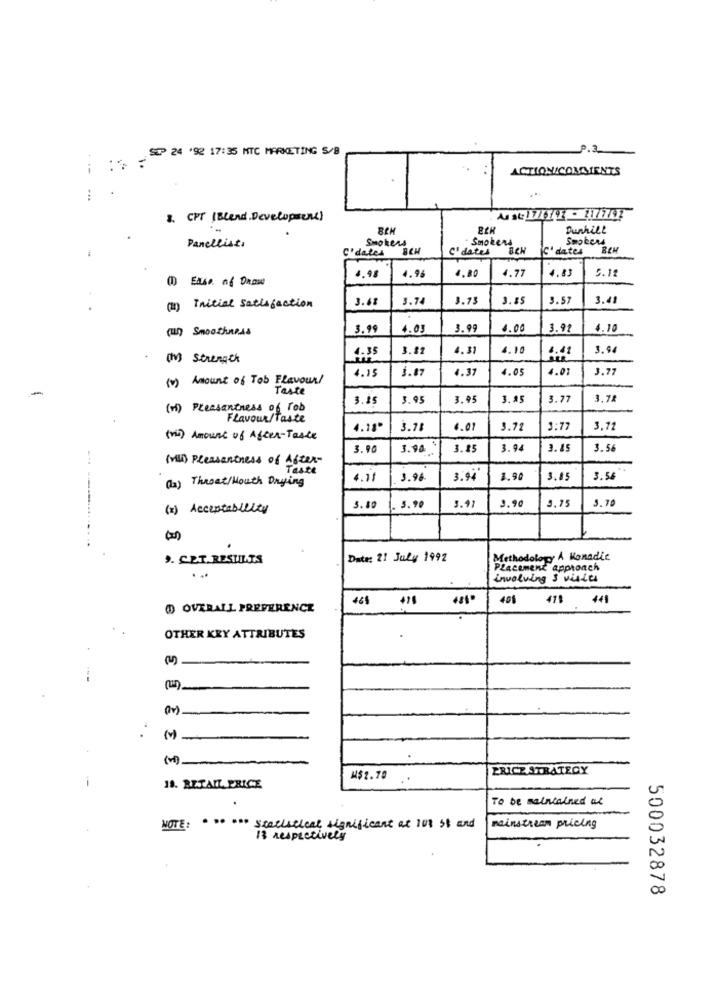
SIP 24 '92 17:35 MTC MARKETING S/B
P.3
ACTIONICOMMENTS
8. CPT (Blend Development)
RCH
Dunhill
Panellista
Smokers
Smokers
C'dates
BCH
C' dates B&W
Smokers
4.80
4.77
4.83
4.12
1) Ease of Drow
4.98
4.96
3.68
3.74
3.73
3.85
3.57
3.4
(2) Initial Satisfaction
(un) Smoothness
3.99
4.03
3.99
4.00
3.92
4.10
3.81
4. 31
4.10
4.41
3. 9
(h) Strength
4.35
4.15
4.37
1.05
4.01
3.77
(v) Amount of Tob Flavour/
1.87
Taste
3.15
3.95
3.95
3.45
3.77
(vi) Pleasantness of rob
Flavour/ Taste
4.18
3.78
1.01
3.71
3:77
3,72
(vi) Amount of After-Taste
5.90
3.90
3.15
3.94
3.15
3.56
(vill) Pleasantness of After-
Taste
4.11
3.96
3.94
1.96
3.15
3.56
(1) Throat/Mouth Drying
3.70
(z) Acceptableity
5.10
5.90
3.9
3.90
3.75
9. CET.RESULIS
Date: 21 July 1992
Methodology A Monadic
Placement approach
. ..
involving & vistes
465 476
40%
418 441
@ OVERALL PREFERENCE
OTHER KEY ATTRIBUTES
-
ERICE STRATEGY
M$1.70
18. RETAIL PRICE
To be maintained at
NOTE: · ·· ··· statistical significant at 101 30 and
mainstream pricing
Is respectively
500032878